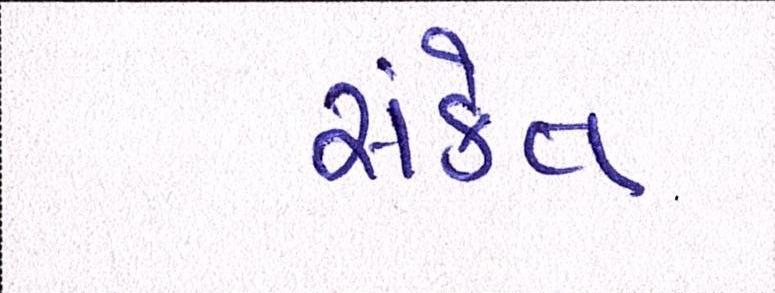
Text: સંકેત